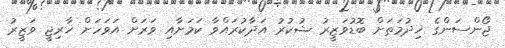
ޖޯންސަންގެ ޚިދުމަތަށް ބޮޑުވަޒީރު ޝުކުރު އަދާކުރައްވާ ކަމަށާއި ވަރަށް އަވަހަށް ޚާރިޖީ ވަޒީރު